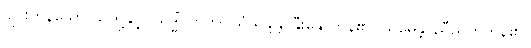
ပျင်းကုန်သော သူတို့နှင့်။ သဒ္ဓိံ၊ တကွ။ သံသန္ဒန္တိ၊ နှီးနှောကုန်၏။ သမေန္တိ၊ ညီညွတ်ကုန်၏။